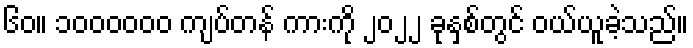
၆၀။ ၁၀၀၀၀၀၀ ကျပ်တန် ကားကို ၂၀၂၂ ခုနှစ်တွင် ဝယ်ယူခဲ့သည်။